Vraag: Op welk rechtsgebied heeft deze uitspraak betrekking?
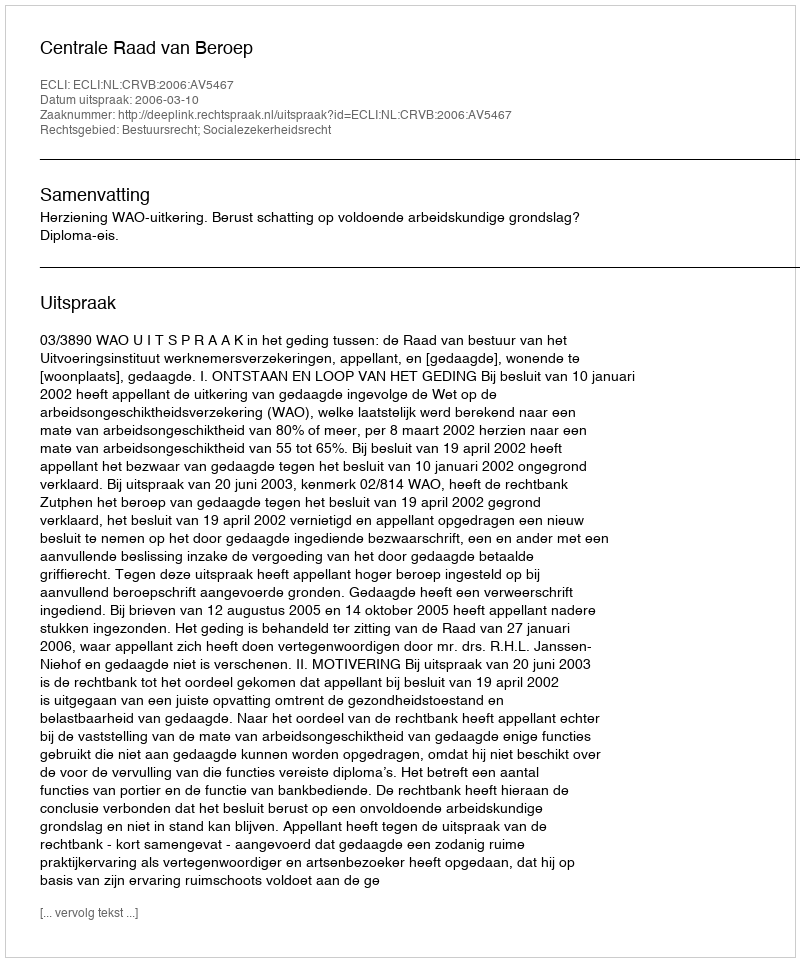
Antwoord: Bestuursrecht; Socialezekerheidsrecht